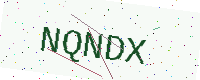
Text: NQNDX